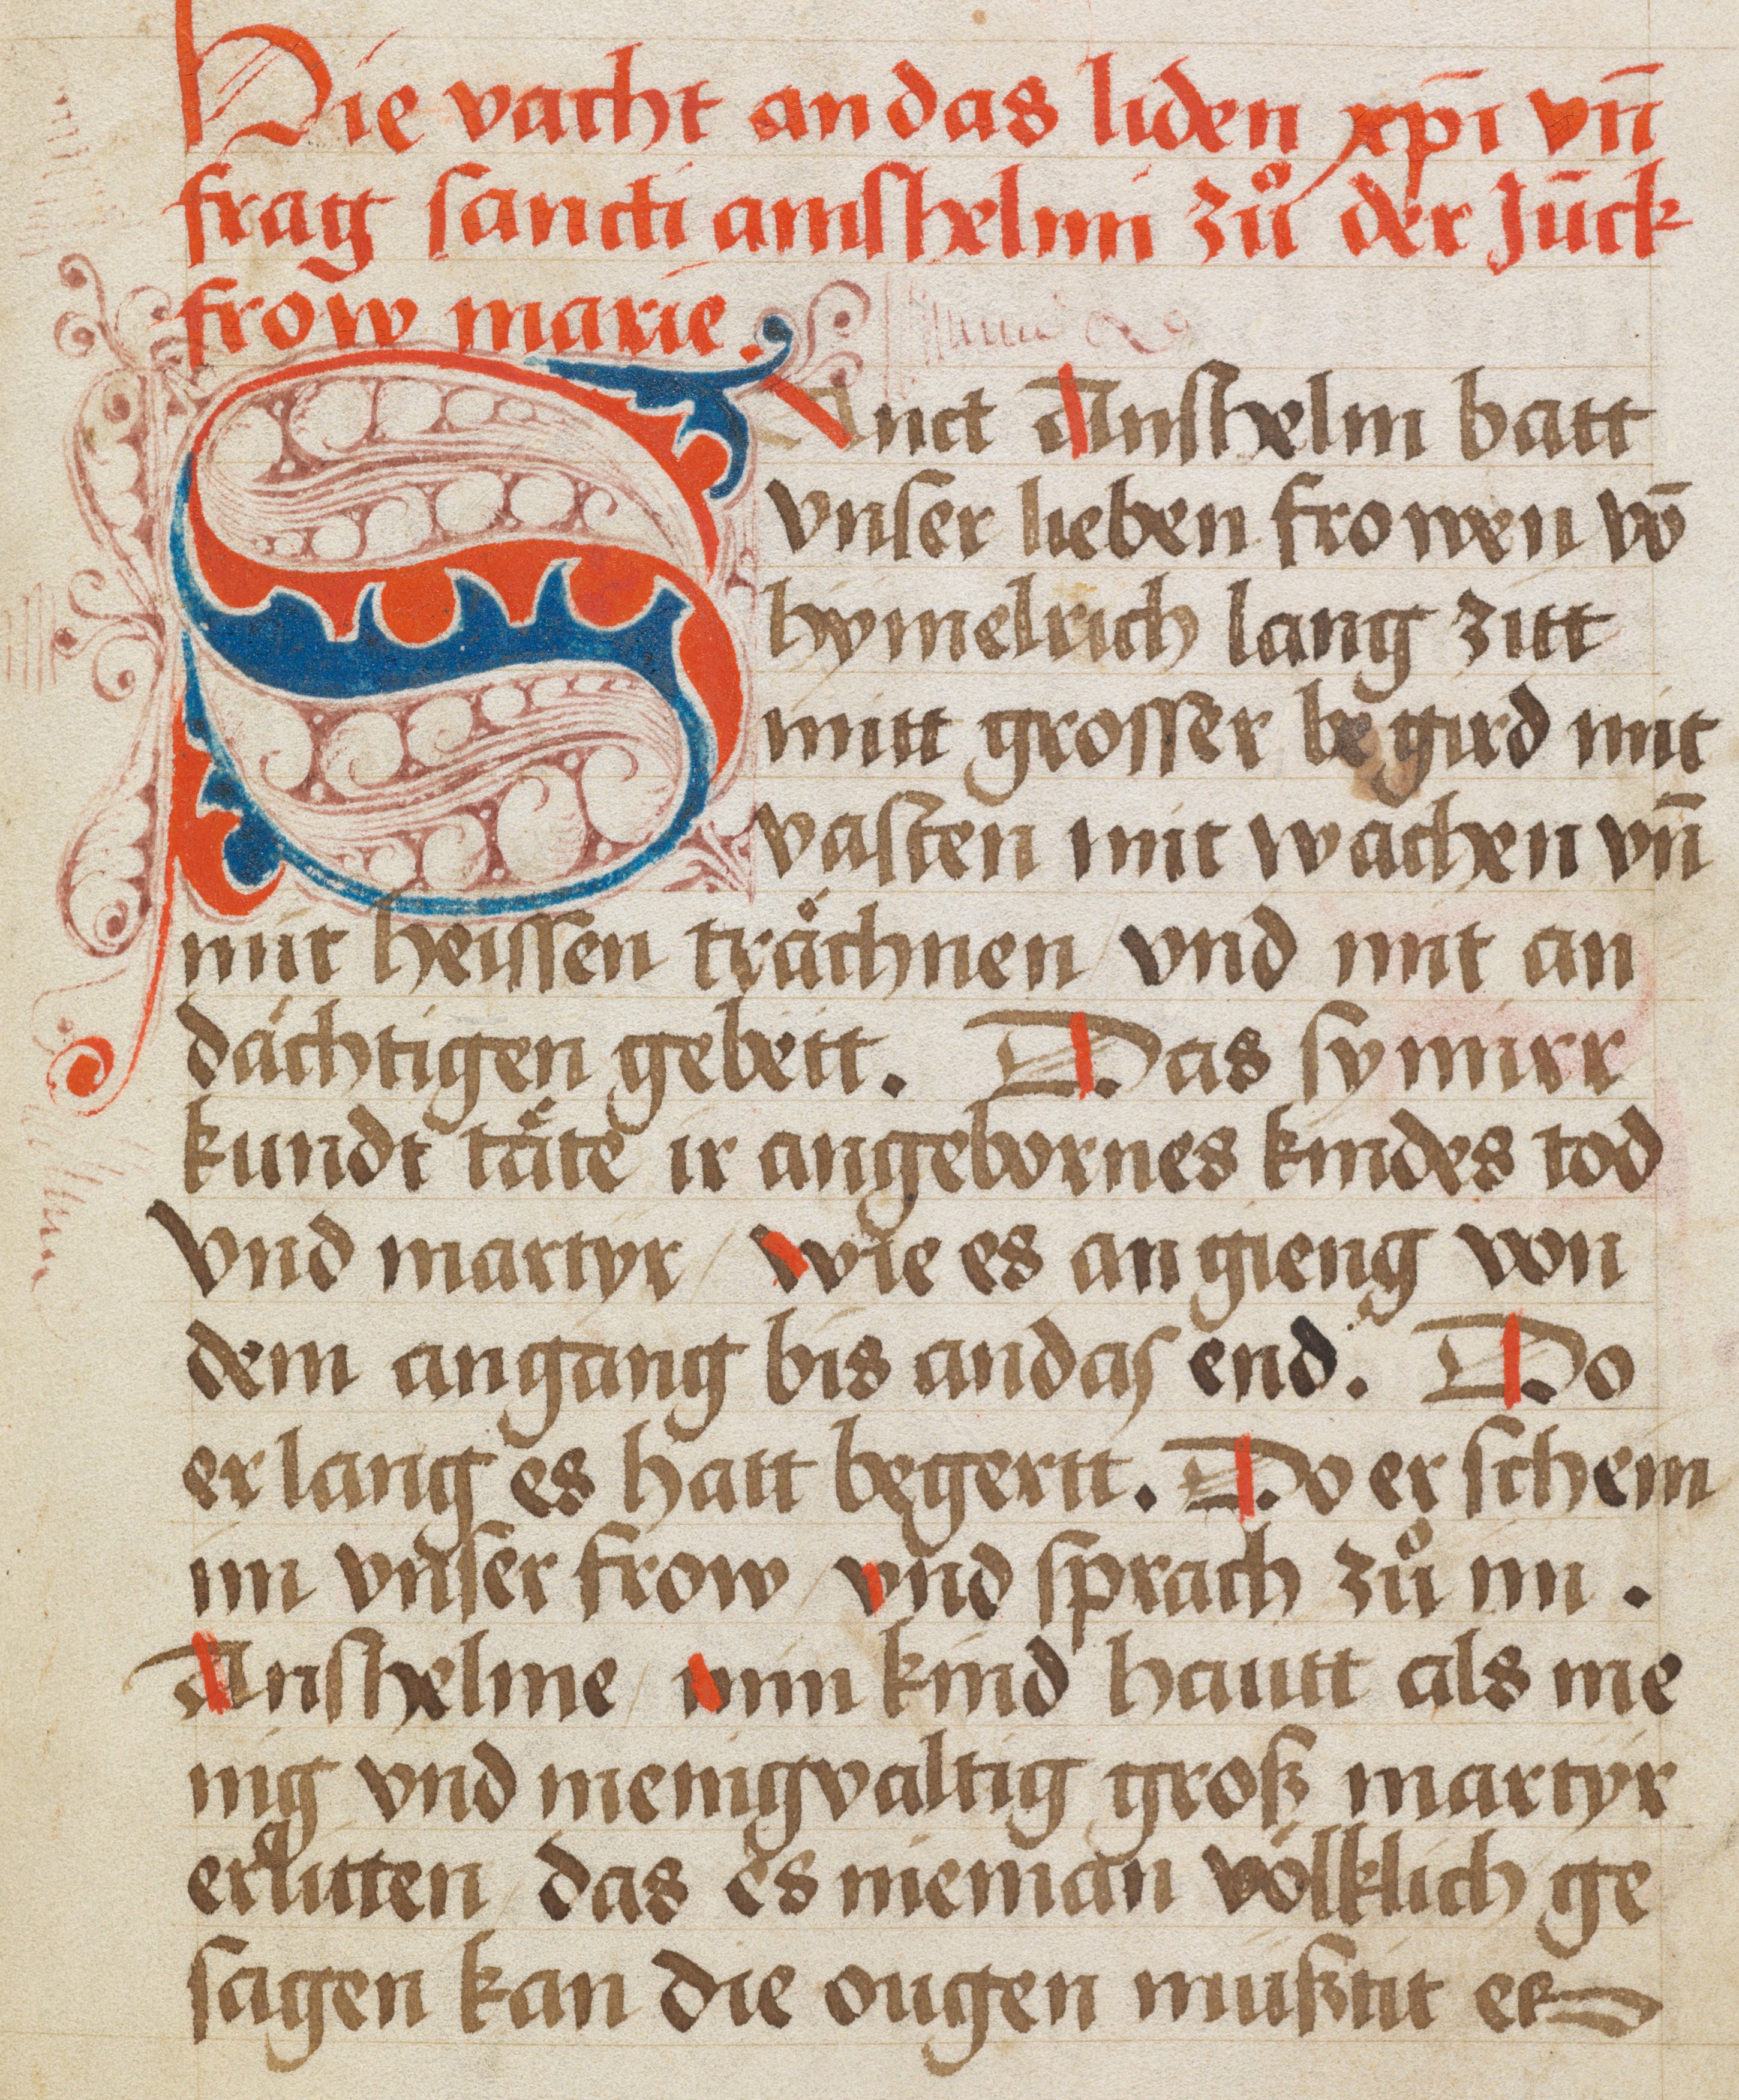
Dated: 1450–1499